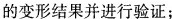
的变形结果并进行验证；